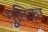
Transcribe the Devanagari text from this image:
भूुमिका